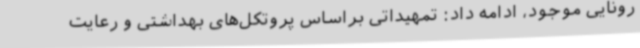
رونایی موجود، ادامه داد: تمهیداتی براساس پروتکل‌های بهداشتی و رعایت